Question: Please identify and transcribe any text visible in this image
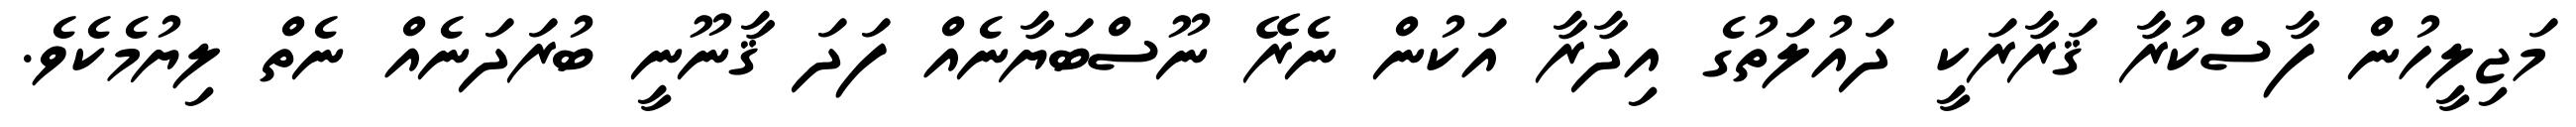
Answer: މަޖިލީހުން ފާސްކުރާ ޤަރާރަކީ ދައުލަތުގެ އިދާރާ އަކުން ނެރޭ ނޫސްބަޔާނެއް ފަދަ ޤާނޫނީ ބުރަދަނެއް ނެތް ލިޔުމެކެވެ.